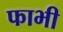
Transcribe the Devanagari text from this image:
फाभी